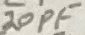
Text: 20pF